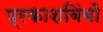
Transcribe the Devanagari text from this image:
प्रकाशबिंबों